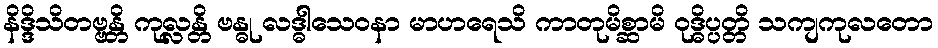
နိဒ္ဒိသိတဗ္ဗန္တိ ကုလ္လန္တိ ဗန္ဓု လဒ္ဓါသေဝနာ မာဟရေသိ ကာတုမိစ္ဆာမိ ဝုဒ္ဓိပ္ပတ္တိ သကျကုလတော